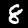
Digit: 8